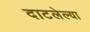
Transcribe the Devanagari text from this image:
दाटलेल्या